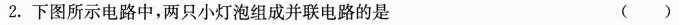
2.下图所示电路中，两只小灯泡组成并联电路的是 ()